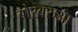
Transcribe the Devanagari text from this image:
बोरबरुआ